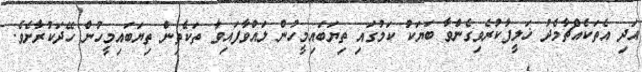
އަދި އެތަކެއްޗާމެދު ޚަލީފާކުރެވިގެންވާ ބަޔަކު ކަމުގައި ތިޔަބައިމީހުން ލައްވާފައިވާ ތަކެތިން ތިޔަބައިމީހުން ހޭދަކުރާށެވެ.